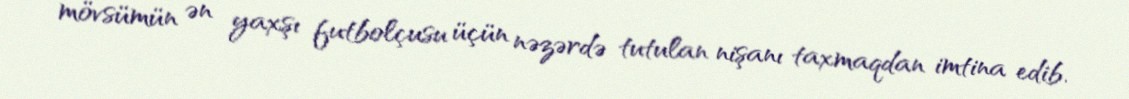
mövsümün ən yaxşı futbolçusu üçün nəzərdə tutulan nişanı taxmaqdan imtina edib.